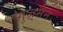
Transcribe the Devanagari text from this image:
ग़ुज़्मेन